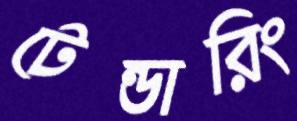
টেন্ডারিং